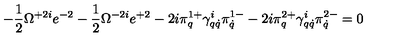
- \frac 1 2 \Omega ^ { + 2 i } e ^ { - 2 } - \frac 1 2 \Omega ^ { - 2 i } e ^ { + 2 } - 2 i \pi _ { q } ^ { 1 + } \gamma _ { q \dot { q } } ^ { i } \pi _ { \dot { q } } ^ { 1 - } - 2 i \pi _ { q } ^ { 2 + } \gamma _ { q \dot { q } } ^ { i } \pi _ { \dot { q } } ^ { 2 - } = 0